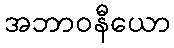
အဘာဝနီယော